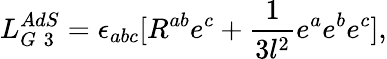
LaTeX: L_{G\; 3}^{AdS}=\epsilon_{abc}[R^{ab}e^{c}+\frac{1}{3l^{2}}e^{a}e^{b}e^{c}],